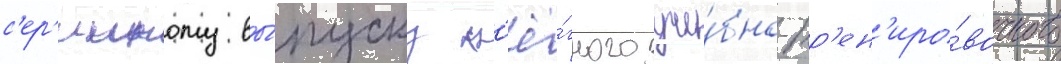
с'ер'ииному вы́пуску л'ё́гкого уче́бно-тр'ен'иро́вочного